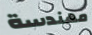
مهندسة